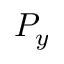
P _ { y }